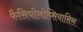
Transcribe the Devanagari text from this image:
फैसियोलोप्सियासिस